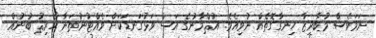
ނަމަވެސް މުބާރިޒާ ހިނގާގޮތެއް ނުވިއެވެ. އުޘްމާނުގެ އަސް ވަޅުގަނޑަކަށް ވެއްޓުނުތަނާ ޙާރިޘު ބުނުއް